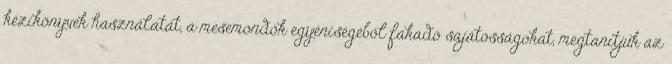
kézikönyvek használatát, a mesemondók egyéniségéből fakadó sajátosságokat, megtanítjuk az